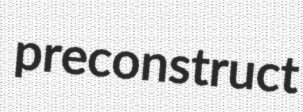
preconstruct